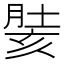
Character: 𰮵